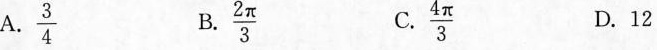
A.\frac{3}{4} B.\frac{2 \π}{3} C.\frac{4π}{3}